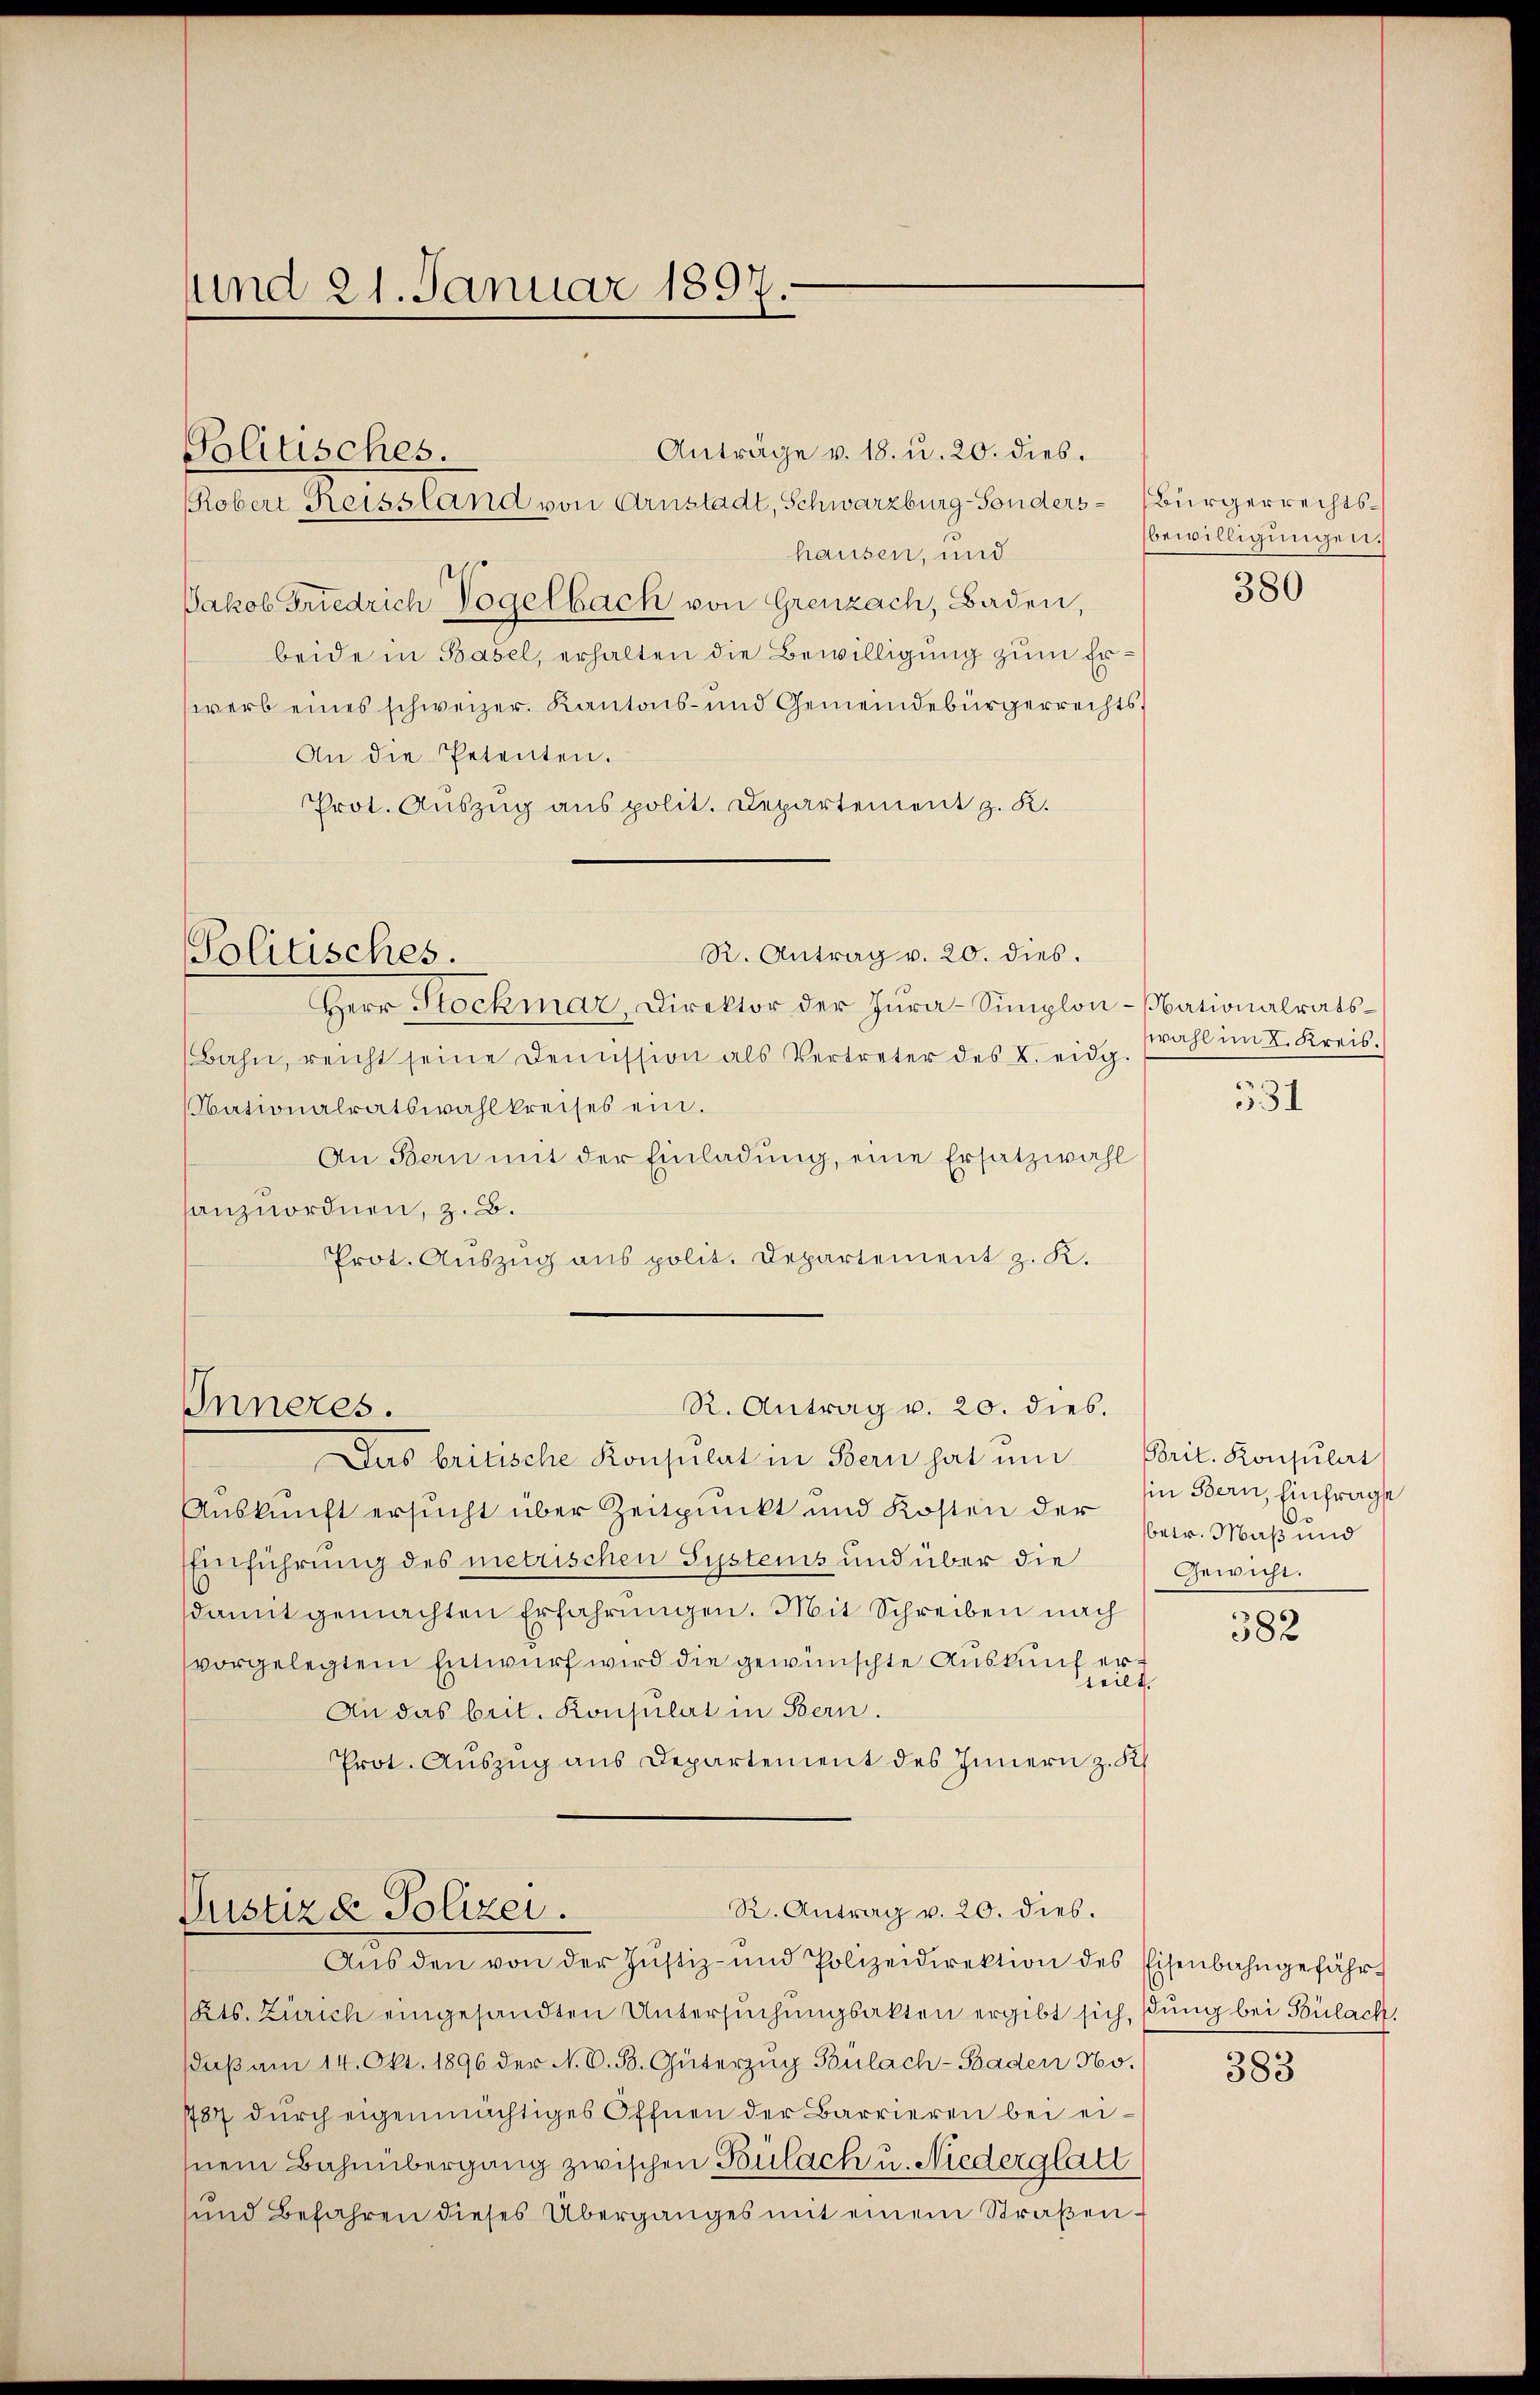
und 21. Januar 1897.

Politisches.
Kobert Reissland von Arnstadt, Schwarzburg-Sonders Bürgerrechtshausen, und
Jakob Friedrich Vogelbach von Grenzach, Baden,
beide in Basel, erhalten die Bewilligung zum Erwerb eines schweizer. Kantons- und Gemeindebürgerrechts¬
An die Petenten.
Prot. Auszug aus polit. Departement z. K.

R. Antrag v. 20. dies.
Politisches.

Inneres.

Herr Stockmar, Direktor der Jura-Simplon-Nationalrats¬
Bahn, reicht seine Demission als Vertreter des L. eidg.
Nationalratswahlkreises ein.
An Bern mit der Einladung, eine Ersatzwahl
lanzuordnen, z. B.
Prot. Auszug aus polit. Departement z. K.
Das britische Konsulat in Bern hat um Prit. Konsulat
Auskunft ersucht über Zeitpunkt und Kosten der in Bern, Einfrage
Einführung des metrischen Systems und über die
damit gemachten Erfahrungen. Mit Schreiben nach
vorgelegtem Entwurf wird die gewünschte Auskunf erteilt.
An das beit. Konsulat in Bern.
Prot. Auszug aus Departement des Innern z. K.
R. Antrag v. 20. dies.
Justizd Polizei.
Aŭs den von der Justiz- und Polizeidirektion des Eisenbahngefähr-
Kts. Zürich eingesandten Untersuchungsakten ergibt sich, sung bei Bülach.
daβ am 14. Okt. 1896 der N. O. B. Güterzŭg Bülach - Baden 96. 383
787 dŭrch eigenmächtiges Öffnen der Barrieren bei eisnem Bahnübergang zwischen Bülach u. Niederglatt
sund befahren dieses Überganges mit einem Straβen-

Anträge v. 18. u. 20. dies.

R. Antrag u. 20. dies.

bewilligungen.

380

wahl im 2. Kreis.

531

6
betr. Maß und
Gewicht.

382